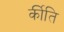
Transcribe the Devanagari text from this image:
र्कीति